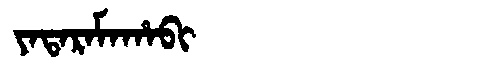
Manchu: ᠶᠠᡨᠠᡵᠠᠮᠠᡥᠠᠪᡳ
Romanization: YATARAMAHABI